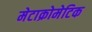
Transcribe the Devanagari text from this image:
मेटाक्रोमेटिक